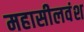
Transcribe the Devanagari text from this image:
महासीलवंश